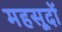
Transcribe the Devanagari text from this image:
महसूदों